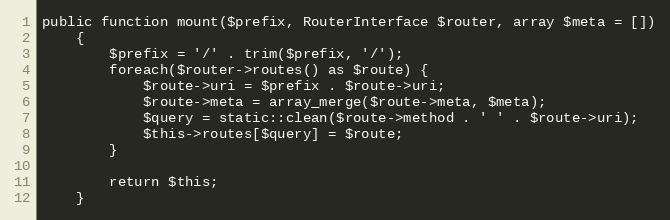
Language: PHP
public function mount($prefix, RouterInterface $router, array $meta = [])
    {
        $prefix = '/' . trim($prefix, '/');
        foreach($router->routes() as $route) {
            $route->uri = $prefix . $route->uri;
            $route->meta = array_merge($route->meta, $meta);
            $query = static::clean($route->method . ' ' . $route->uri);
            $this->routes[$query] = $route;
        }

        return $this;
    }